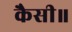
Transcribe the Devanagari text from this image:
कैसी॥